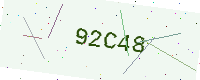
Text: 92C48